Vaccine operations Central Provinces & Berar 1922-1929 - 1922-1929
Year: 1922
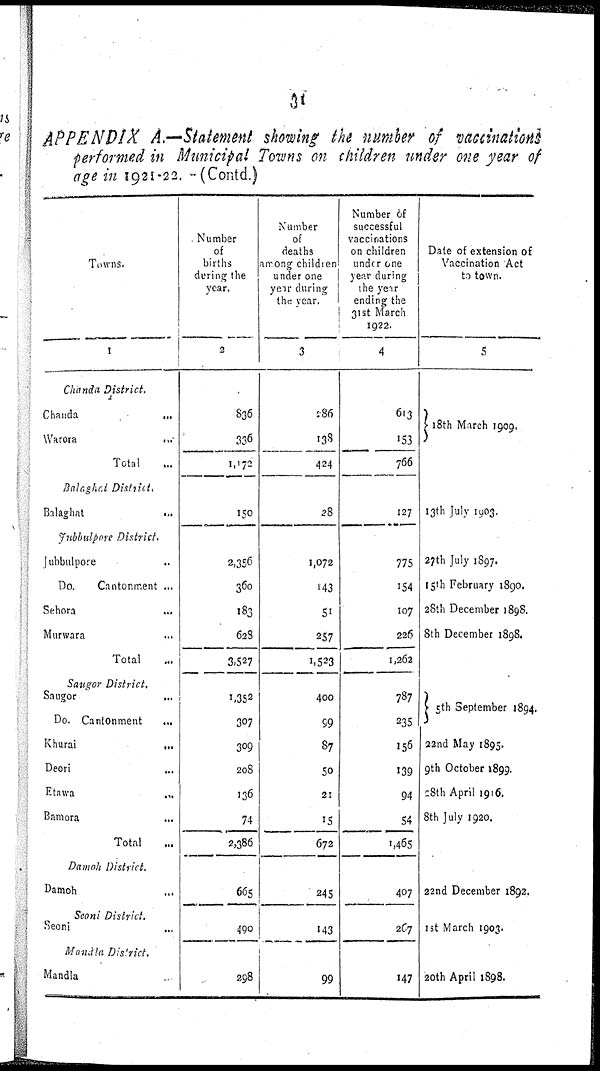
31
APPENDIX
A.—Statement showing the number of vaccinations
performed in Municipal Towns on children under one year of
age in 1921-22. —(Contd.)
Towns.
1
Chanda District.
Chanda
...
Warora
...
Total ...
Balaghat District.
Balaghat
...
Jubbulpore District.
Jubbulpore ...
Do.
Cantonment ...
Sehora ...
Murwara ...
Total ...
Saugor District.
Saugor
...
Do. Cantonment ...
Khurai
...
Deori ...
Etawa ...
Bamora ...
Total ...
Damoh District.
Damoh ...
Seoni District.
Seoni ...
Mandla District.
Mandla ...
Number
of
births
during the
year.
2
836
336
1,172
150
2,356
360
183
628
3,527
1,352
307
309
208
136
74
2,386
665
490
298
Number
of
deaths
among children
under one
year during
the year.
3
286
138
424
28
1,072
143
51
257
1,523
400
99
87
50
21
15
672
245
143
99
Number of
successful
vaccinations
on children
under one
year during
the year
ending the
31st March
1922.
4
613
153
766
127
775
154
107
226
1,262
787
235
156
139
94
54
1,465
407
267
147
Date of extension of
Vaccination Act
to town.
5
18th March 1909.
13th July 1903.
27th July 1897.
15th February 1890.
28th December 1898.
8th December 1898.
5th September 1894.
22nd May 1895.
9th October 1899.
28th April 1916.
8th July 1920.
22nd December 1892.
1st March 1903.
20th April 1898.